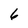
Character: 6